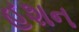
હશન